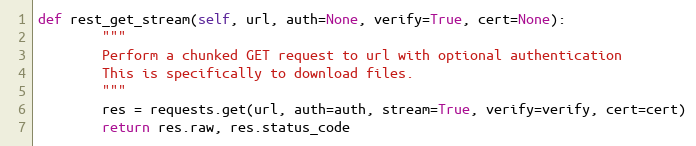
Language: Python
def rest_get_stream(self, url, auth=None, verify=True, cert=None):
        """
        Perform a chunked GET request to url with optional authentication
        This is specifically to download files.
        """
        res = requests.get(url, auth=auth, stream=True, verify=verify, cert=cert)
        return res.raw, res.status_code